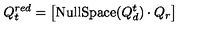
Q _ { t } ^ { r e d } = \left[ { \mathrm { N u l l S p a c e } } ( Q _ { d } ^ { t } ) \cdot Q _ { r } \right]